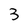
Character: 3